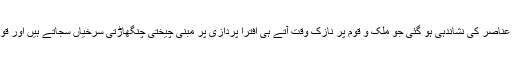
میڈیا کے ان غیر ذمہ دار عناصر کی نشاندہی ہو گئی جو ملک و قوم پر نازک وقت آتے ہی افترا پردازی پر مبنی چیختی چنگھاڑتی سرخیاں سجاتے ہیں اور قوم میں انتشار پھیلاتے ہیں۔